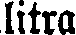
litra